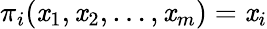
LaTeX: \pi_{i}(\mathit{x}_{1},\mathit{x}_{2},\ldots,\mathit{x}_{m})=\mathit{x}_{i}